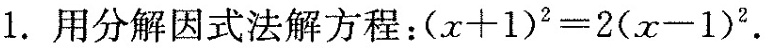
1.用分解因式法解方程：$$( x + 1 ) ^ { 2 } = 2 ( x - 1 ) ^ { 2 }$$.